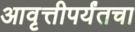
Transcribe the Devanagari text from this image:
आवृत्तीपर्यंतचा